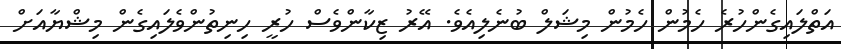
އަތްލައިގެންހުރެ ހެމުން ހެމުން މިޝަލް ބުނެލިއެވެ. އޭރު ޒިކާންވެސް ހުރީ ހިނިތުންވެލައިގެން މިޝްޔާއަށް